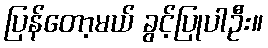
ပြန်တော့မယ် ခွင့်ပြုပါဦး။